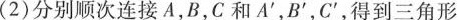
(2)分别顺次连接A，B，C和A'，B'，C'，得到三角形